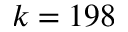
k = 1 9 8